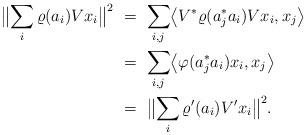
LaTeX: \begin{align*}\bigl\| \sum_i \varrho(a_i)Vx_i \bigr\|^2&\ =\ \sum_{i,j} \bigl< V^* \varrho(a_j^*a_i) Vx_i, x_j\bigr> \\&\ =\ \sum_{i,j} \bigl< \varphi(a_j^* a_i)x_i, x_j \bigr> \\&\ =\ \bigl\| \sum_i \varrho'(a_i) V'x_i \bigr\|^2.\end{align*}